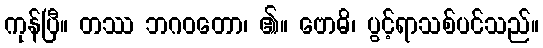
ကုန်ပြီ။ တဿ ဘဂဝတော၊ ၏။ ဗောဓိ၊ ပွင့်ရာသစ်ပင်သည်။